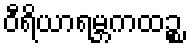
ဝီရိယာရမ္ဘကထဉ္စ